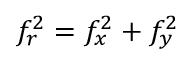
f _ { r } ^ { 2 } = f _ { x } ^ { 2 } + f _ { y } ^ { 2 }